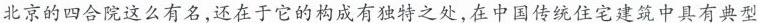
北京的四合院这么有名，还在于它的构成有独特之处，在中国传统住宅建筑中具有典型